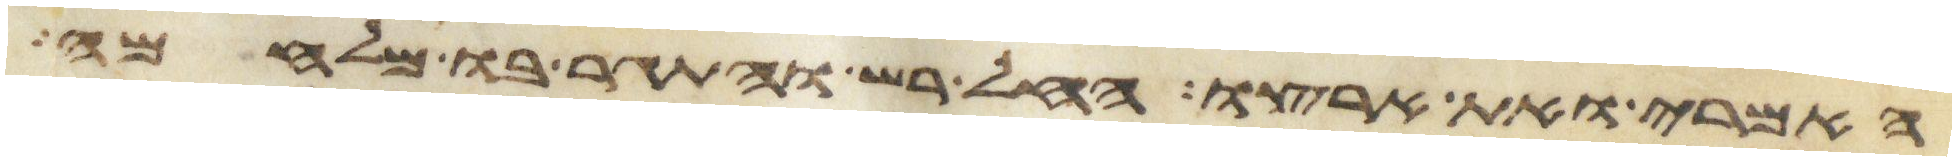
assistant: האמרי ואת ארצו החל רש והתגר בו מלחמה